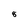
Character: 8